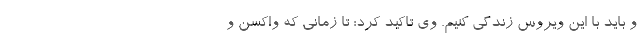
و باید با این ویروس زندگی کنیم. وی تاکید کرد: تا زمانی که واکسن و